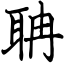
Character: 聃